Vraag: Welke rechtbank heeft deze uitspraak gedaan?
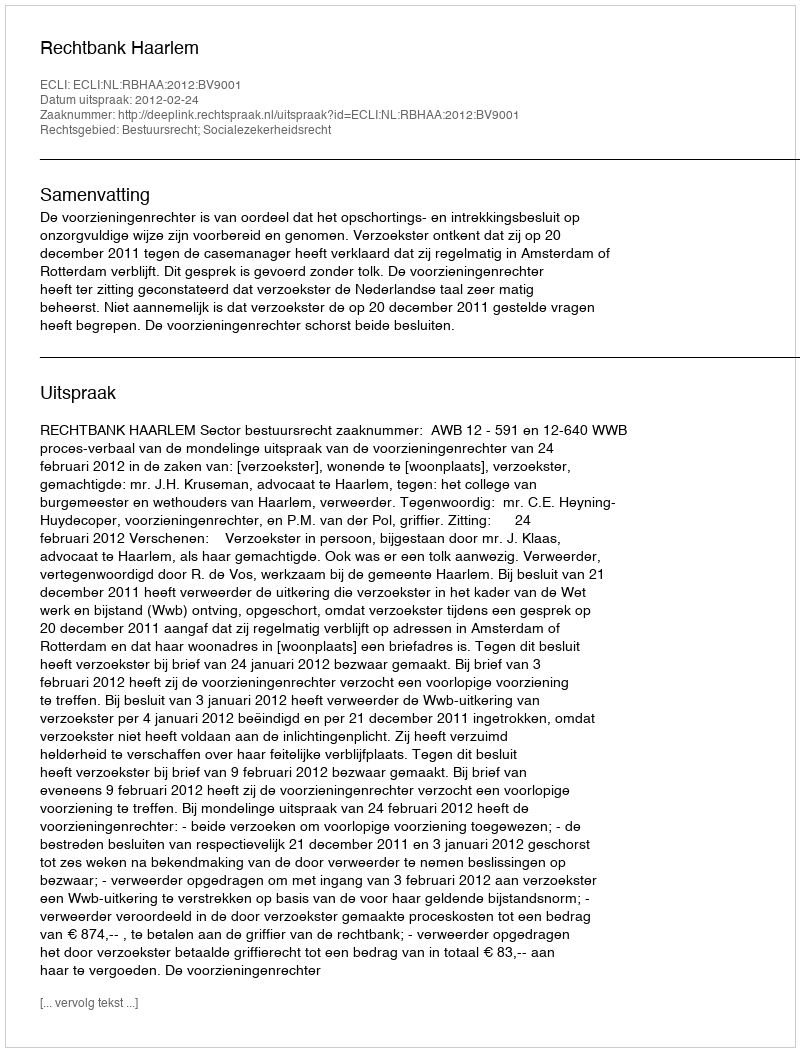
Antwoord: Rechtbank Haarlem